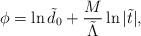
LaTeX: \begin{align*}\phi =\ln {\tilde d_0}+\frac M{\tilde \Lambda }\ln {|\tilde t|},\end{align*}